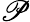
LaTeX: \mathscr{P}